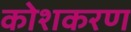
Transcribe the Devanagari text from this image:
कोशकरण